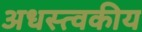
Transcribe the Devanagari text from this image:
अधस्त्वकीय